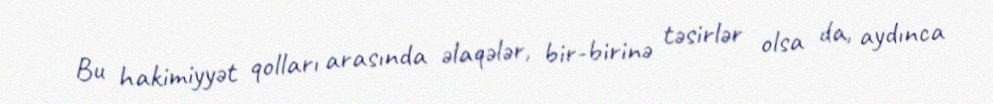
Bu hakimiyyət qolları arasında əlaqələr, bir-birinə təsirlər olsa da, aydınca